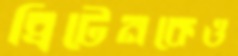
ব্রিটেনকেও